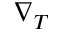
\nabla _ { T }